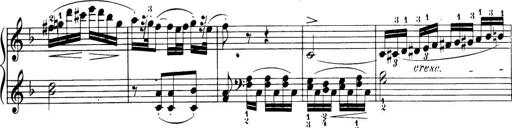
Title: 32 Sonatinas and Rondos for the Piano
Composer: Richard Kleinmichel